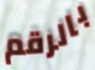
بالرقم